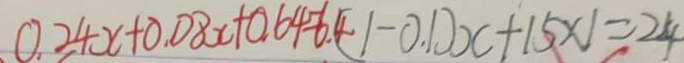
0 . 2 4 x + 0 . 0 8 x + 0 . 6 4 = 6 . 4 ( 1 - 0 . 1 ) x + 1 5 \times 1 = 2 4